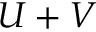
U + V